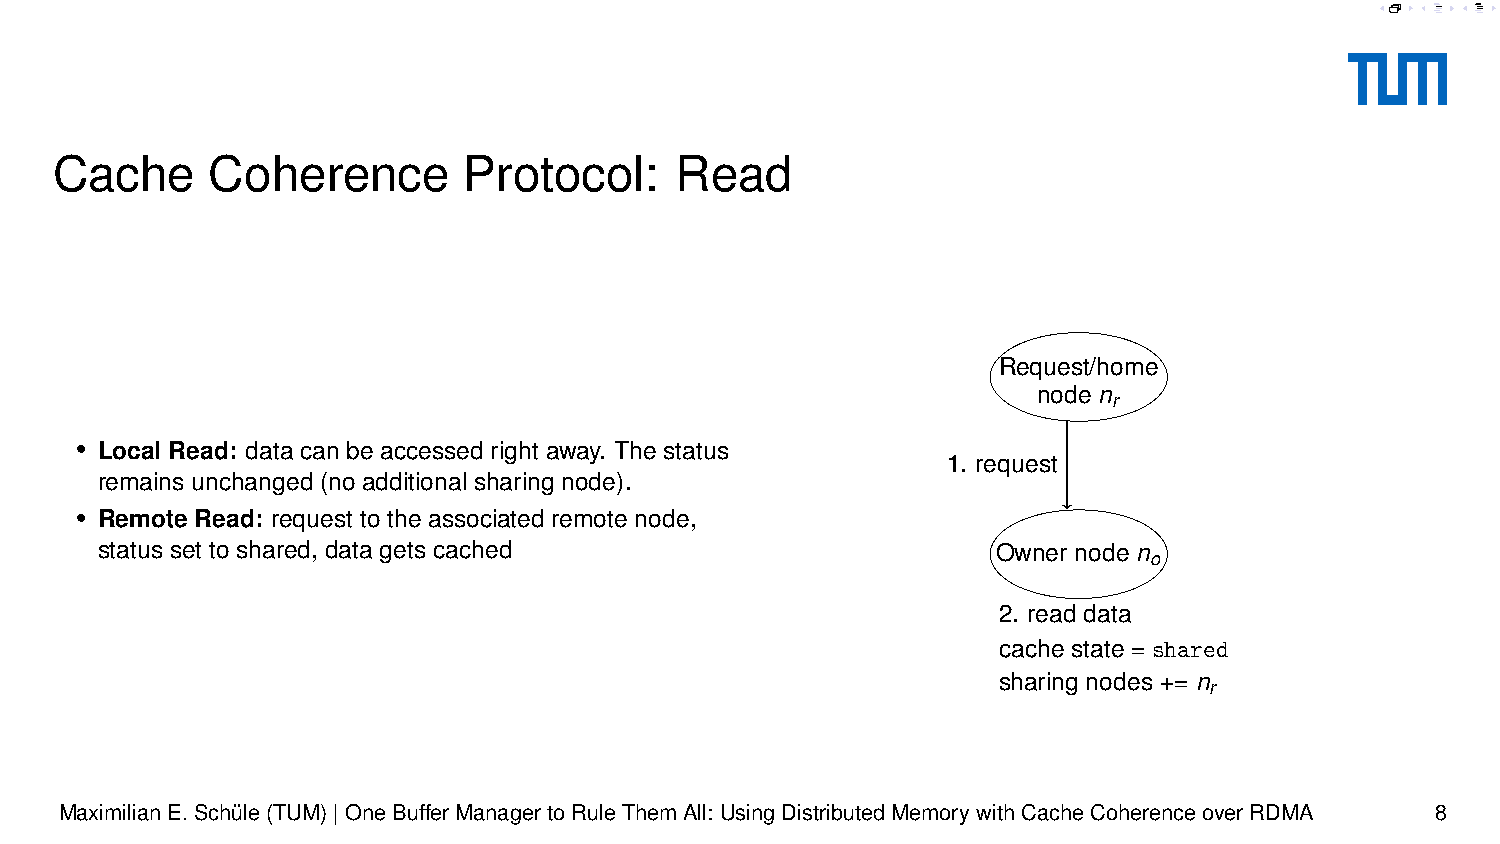
4. add data to cache
 3. reply
 Cache      Coherence        Protocol:     Read
 Request/home
 node n
 r
 • Local Read: data can be accessed right away. The status
 1. request
 remains unchanged (no additional sharing node).
 • Remote Read: request to the associated remote node,
 status set to shared, data gets cached                      Owner node n
 o
 2. read data
 cache state = shared
 sharing nodes += n
 r
 MaximilianE.Schüle(TUM)|OneBufferManagertoRuleThemAll: UsingDistributedMemorywithCacheCoherenceoverRDMA 8